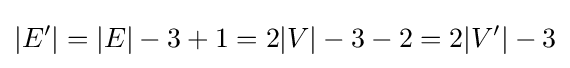
|E'|=|E|-3+1=2|V|-3-2=2|V'|-3